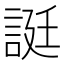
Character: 誔